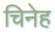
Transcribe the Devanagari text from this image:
चिनेह